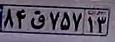
۸۴ق۷۵۷۱۳